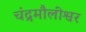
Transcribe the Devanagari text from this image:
चंद्रमौलीश्वर